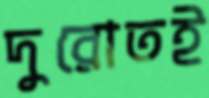
দুরোতই